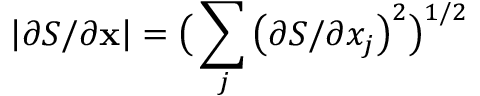
\left| \partial S / \partial \mathbf { x } \right| = \big ( \sum _ { j } \big ( \partial S / \partial x _ { j } \big ) ^ { 2 } \big ) ^ { 1 / 2 }